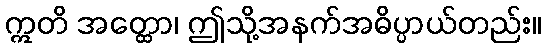
ဣတိ အတ္ထော၊ ဤသို့အနက်အဓိပ္ပာယ်တည်း။